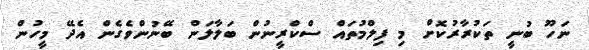
ނަހޫ ބުނީ ތަކުރާރުކޮށް މި ފިލްމުތައް ސްކްރީނުން ބަލާލަން ބޭނުންވެގެން އެދޭ މީހުން